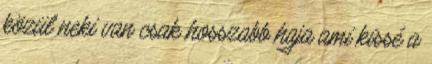
közül neki van csak hosszabb haja ami kissé a